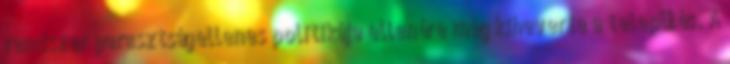
rendszer parasztságellenes politikája ellenére még kiheverte a település. A